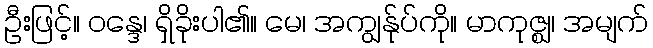
ဦးဖြင့်။ ဝန္ဒေ၊ ရှိခိုးပါ၏။ မေ၊ အကျွန်ုပ်ကို။ မာကုဇ္ဈ၊ အမျက်